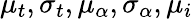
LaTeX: \mu_{t},\sigma_{t},\mu_{\alpha},\sigma_{\alpha},\mu_{i}